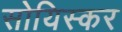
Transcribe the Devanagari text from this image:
सोयिस्कर